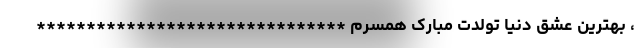
، بهترین عشق دنیا تولدت مبارک همسرم *******************************